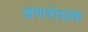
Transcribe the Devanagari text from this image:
व्रणरोधक